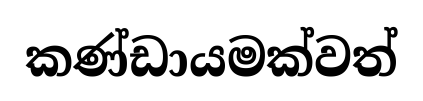
කණ්ඩායමක්වත්